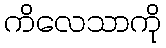
ကိလေသာကို